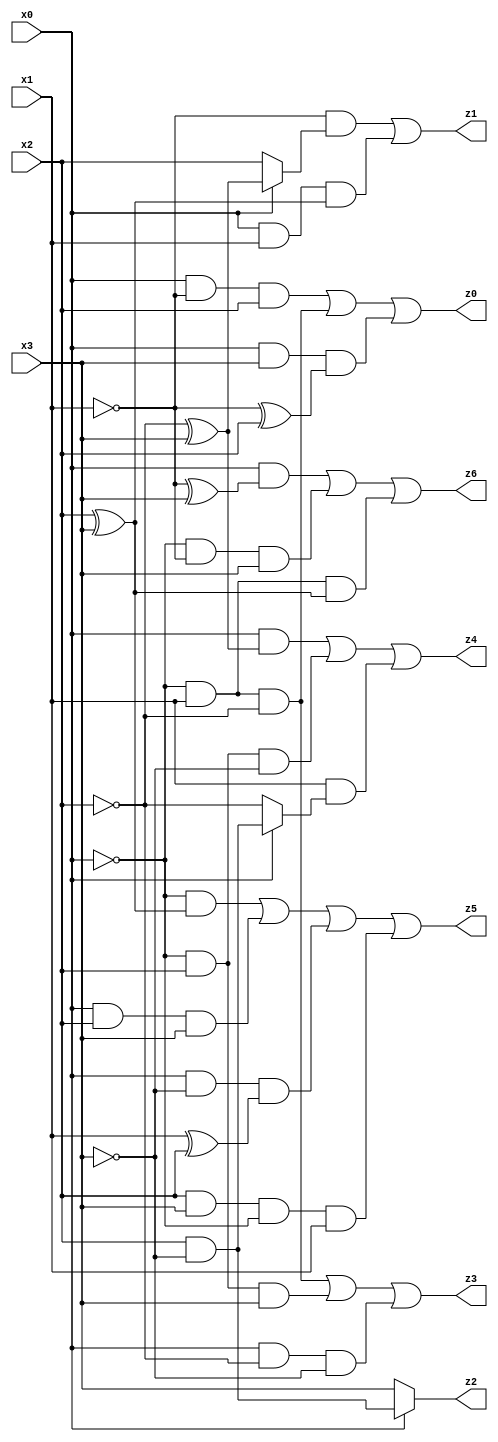
// Benchmark "X_67" written by ABC on Thu Jun 29 23:05:07 2023

module X_67 ( 
    x0, x1, x2, x3,
    z0, z1, z2, z3, z4, z5, z6  );
  input  x0, x1, x2, x3;
  output z0, z1, z2, z3, z4, z5, z6;
  assign z0 = (x0 & ~x1 & x2) | (~x0 & x1 & ~x2) | (x0 & x3 & (~x1 ^ x2));
  assign z1 = (~x1 & (x0 ? (~x2 ^ x3) : x2)) | (x0 & x1 & (x2 ^ x3));
  assign z2 = x0 ? (x2 & ~x3) : x3;
  assign z3 = (~x0 & x1 & ~x2) | (~x0 & x2 & x3) | (x0 & ~x2 & ~x3);
  assign z4 = (x0 & (~x2 ^ x3)) | (~x0 & x2 & ~x3) | (x1 & (x0 ? (x2 & ~x3) : ~x2));
  assign z5 = (~x0 & (x2 ^ x3)) | (x0 & x2 & x3) | (x0 & ~x3 & (x1 ^ x2)) | (x2 & x3 & ~x0 & x1);
  assign z6 = (x0 & (~x1 ^ x3)) | (~x0 & ~x1 & x3) | (~x0 & x1 & (x2 ^ x3));
endmodule